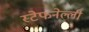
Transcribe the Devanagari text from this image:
स्टेफनेल्ली